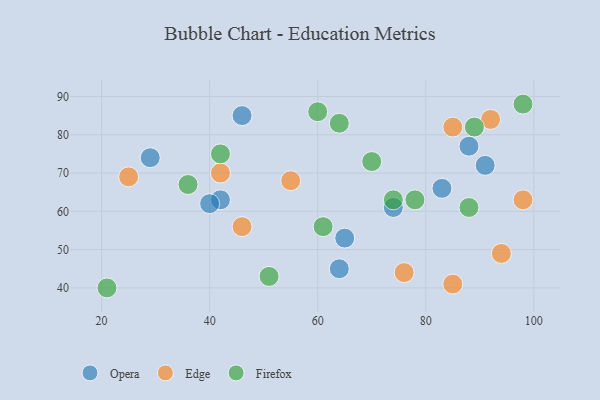
{"axis": {"x": "GDP", "y": "Life Expectancy"}, "legend": ["Edge", "Firefox", "Opera"], "data": [{"x": "46", "y": 85, "type": "Opera"}, {"x": "42", "y": 63, "type": "Opera"}, {"x": "83", "y": 66, "type": "Opera"}, {"x": "40", "y": 62, "type": "Opera"}, {"x": "91", "y": 72, "type": "Opera"}, {"x": "65", "y": 53, "type": "Opera"}, {"x": "29", "y": 74, "type": "Opera"}, {"x": "88", "y": 77, "type": "Opera"}, {"x": "64", "y": 45, "type": "Opera"}, {"x": "74", "y": 61, "type": "Opera"}, {"x": "42", "y": 70, "type": "Edge"}, {"x": "55", "y": 68, "type": "Edge"}, {"x": "25", "y": 69, "type": "Edge"}, {"x": "85", "y": 41, "type": "Edge"}, {"x": "94", "y": 49, "type": "Edge"}, {"x": "92", "y": 84, "type": "Edge"}, {"x": "85", "y": 82, "type": "Edge"}, {"x": "76", "y": 44, "type": "Edge"}, {"x": "46", "y": 56, "type": "Edge"}, {"x": "98", "y": 63, "type": "Edge"}, {"x": "36", "y": 67, "type": "Firefox"}, {"x": "88", "y": 61, "type": "Firefox"}, {"x": "89", "y": 82, "type": "Firefox"}, {"x": "42", "y": 75, "type": "Firefox"}, {"x": "60", "y": 86, "type": "Firefox"}, {"x": "21", "y": 40, "type": "Firefox"}, {"x": "74", "y": 63, "type": "Firefox"}, {"x": "51", "y": 43, "type": "Firefox"}, {"x": "64", "y": 83, "type": "Firefox"}, {"x": "98", "y": 88, "type": "Firefox"}, {"x": "70", "y": 73, "type": "Firefox"}, {"x": "78", "y": 63, "type": "Firefox"}, {"x": "61", "y": 56, "type": "Firefox"}]}